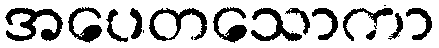
အပေတသောကာ